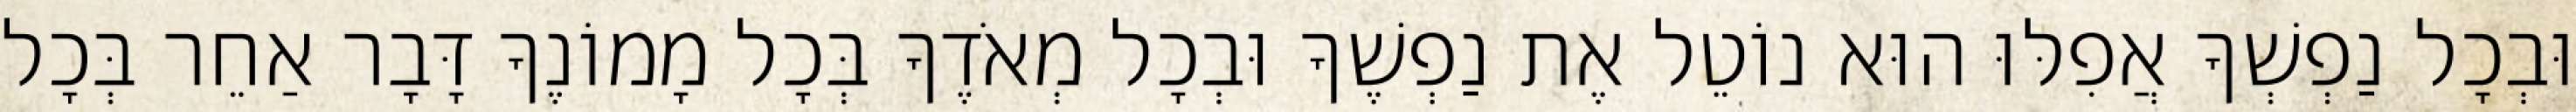
וּבְכָל נַפְשְׁךָ אֲפִלּוּ הוּא נוֹטֵל אֶת נַפְשֶׁךָ וּבְכָל מְאֹדֶךָ בְּכָל מָמוֹנֶךָ דָּבָר אַחֵר בְּכָל